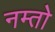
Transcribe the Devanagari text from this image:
नम्तो